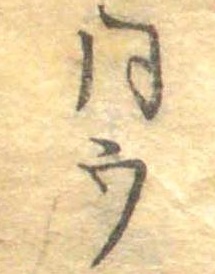
同ウ